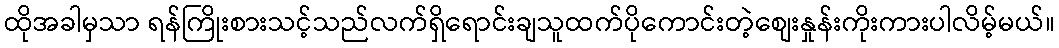
ထိုအခါမှသာ ရန်ကြိုးစားသင့်သည်လက်ရှိရောင်းချသူထက်ပိုကောင်းတဲ့စျေးနှုန်းကိုးကားပါလိမ့်မယ်။